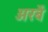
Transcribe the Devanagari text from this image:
अरबें